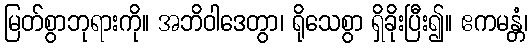
မြတ်စွာဘုရားကို။ အဘိဝါဒေတွာ၊ ရိုသေစွာ ရှိခိုးပြီး၍။ ဧကမန္တံ၊